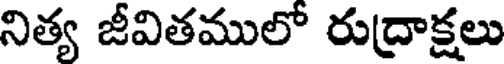
నిత్య జీవితములో రుద్రాక్షలు